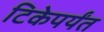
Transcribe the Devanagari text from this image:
टिकेपर्यंत